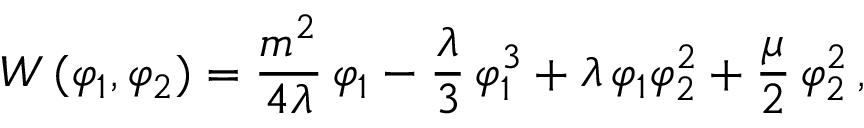
{ \cal W } \, ( \varphi _ { 1 } , \varphi _ { 2 } ) = \frac { m ^ { 2 } } { 4 \lambda } \, \varphi _ { 1 } - \frac { \lambda } { 3 } \, \varphi _ { 1 } ^ { 3 } + \lambda \, \varphi _ { 1 } \varphi _ { 2 } ^ { 2 } + \frac { \mu } { 2 } \, \varphi _ { 2 } ^ { 2 } \, ,